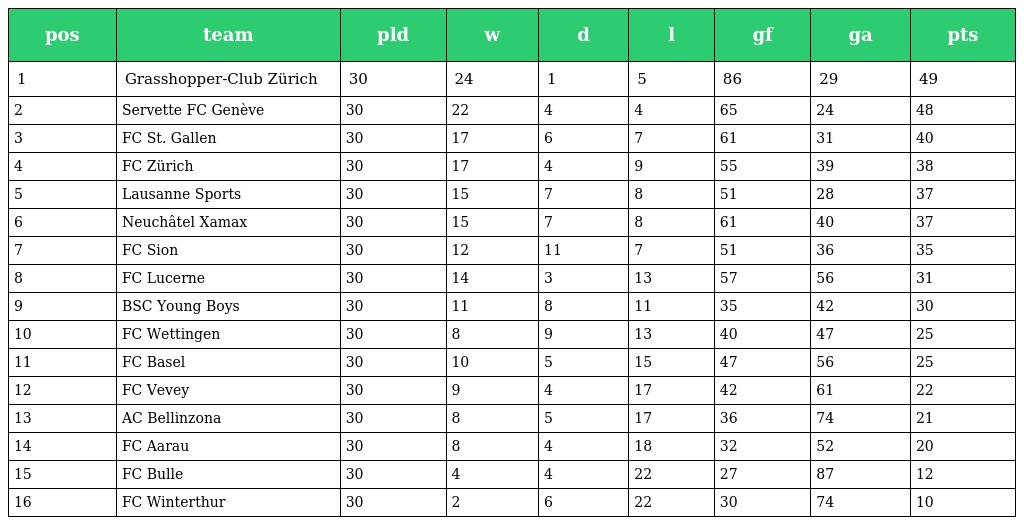
| pos | team | pld | w | d | l | gf | ga | pts |
 | --- | --- | --- | --- | --- | --- | --- | --- | --- |
 | 1 | Grasshopper-Club Zürich | 30 | 24 | 1 | 5 | 86 | 29 | 49 |
 | 2 | Servette FC Genève | 30 | 22 | 4 | 4 | 65 | 24 | 48 |
 | 3 | FC St. Gallen | 30 | 17 | 6 | 7 | 61 | 31 | 40 |
 | 4 | FC Zürich | 30 | 17 | 4 | 9 | 55 | 39 | 38 |
 | 5 | Lausanne Sports | 30 | 15 | 7 | 8 | 51 | 28 | 37 |
 | 6 | Neuchâtel Xamax | 30 | 15 | 7 | 8 | 61 | 40 | 37 |
 | 7 | FC Sion | 30 | 12 | 11 | 7 | 51 | 36 | 35 |
 | 8 | FC Lucerne | 30 | 14 | 3 | 13 | 57 | 56 | 31 |
 | 9 | BSC Young Boys | 30 | 11 | 8 | 11 | 35 | 42 | 30 |
 | 10 | FC Wettingen | 30 | 8 | 9 | 13 | 40 | 47 | 25 |
 | 11 | FC Basel | 30 | 10 | 5 | 15 | 47 | 56 | 25 |
 | 12 | FC Vevey | 30 | 9 | 4 | 17 | 42 | 61 | 22 |
 | 13 | AC Bellinzona | 30 | 8 | 5 | 17 | 36 | 74 | 21 |
 | 14 | FC Aarau | 30 | 8 | 4 | 18 | 32 | 52 | 20 |
 | 15 | FC Bulle | 30 | 4 | 4 | 22 | 27 | 87 | 12 |
 | 16 | FC Winterthur | 30 | 2 | 6 | 22 | 30 | 74 | 10 |